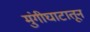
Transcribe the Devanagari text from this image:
मुंगीघाटातून